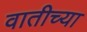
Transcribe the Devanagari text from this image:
वातीच्या